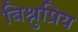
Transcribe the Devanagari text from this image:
बिश्नुप्रिय